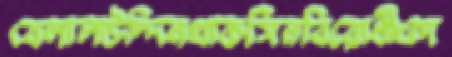
বেলালউদ্দিনথাকসিনবিরোধীওদ